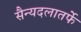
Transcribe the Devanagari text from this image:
सैन्यदलातर्फे